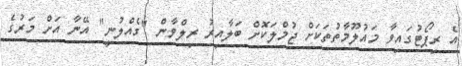
އެ ރިޕޯޓުގައިވާ މައުލޫމާތުތަކަށް ޖުމްލަކޮށް ބަލާއިރު ރިލްވާން "ގެއްލުނީ" އޭނާ އަށް މަރުގެ